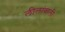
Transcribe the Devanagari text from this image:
लीलांवाली